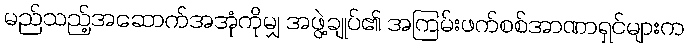
မည်သည့်အဆောက်အအုံကိုမျှ အဖွဲ့ချုပ်၏ အကြမ်းဖက်စစ်အာဏာရှင်များက